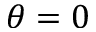
\theta = 0